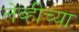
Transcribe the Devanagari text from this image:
लेव्हीच्या